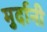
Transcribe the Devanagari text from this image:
मुर्दानी